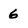
Character: 6